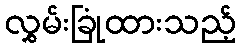
လွှမ်းခြုံထားသည့်